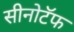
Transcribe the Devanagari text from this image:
सीनोटॅफ